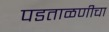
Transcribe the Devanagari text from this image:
पडताळणीचा